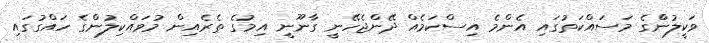
ވަކީލުންްގެ މަސައްކަތުގައި އެންމެ އިސްކަމެއް ދޭންޖެހޭނީ ގާނޫނީ އިމުގެ ތެރެއިން މުވައްކިިލުންގެ ހައްގުގައި